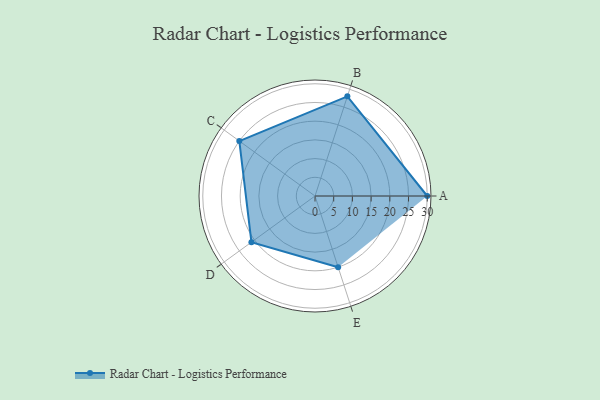
{"axis": {"x": "Skill", "y": "Score"}, "legend": ["Profile"], "data": [{"x": "A", "y": 30.0, "type": "Profile"}, {"x": "B", "y": 28.0, "type": "Profile"}, {"x": "C", "y": 25.0, "type": "Profile"}, {"x": "D", "y": 21.0, "type": "Profile"}, {"x": "E", "y": 20, "type": "Profile"}]}